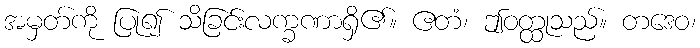
အမှတ်ကို ပြု၍ သိခြင်းလက္ခဏာရှိ၏။ ဧတံ၊ ဤဝတ္ထုသည်။ တဒေဝ၊